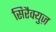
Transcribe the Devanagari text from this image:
सिरैक्युज़